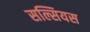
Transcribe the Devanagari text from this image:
सल्सियस